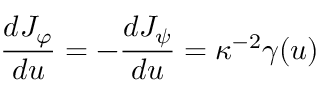
{ \frac { d J _ { \varphi } } { d u } } = - { \frac { d J _ { \psi } } { d u } } = \kappa ^ { - 2 } \gamma ( u )